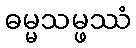
ဓမ္မသမ္ဖဿံ